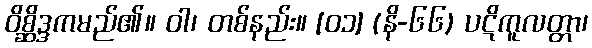
ဝိစ္ဆိဒ္ဒကမည်၏။ ဝါ၊ တစ်နည်း။ [၀၁] (နိ-၆၆) ပဋိကူလတ္တာ၊